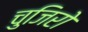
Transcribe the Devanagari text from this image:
चुजिरो